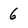
Character: 6